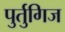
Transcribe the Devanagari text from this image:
पुर्तुगिज